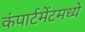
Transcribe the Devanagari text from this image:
कंपार्टमेंटमध्ये